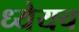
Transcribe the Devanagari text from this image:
ध्येयच